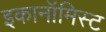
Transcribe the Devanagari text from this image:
इकानॉमिस्ट